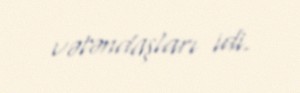
vətəndaşları idi.